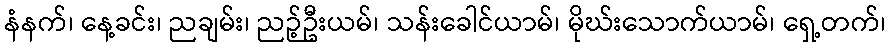
နံနက်၊ နေ့ခင်း၊ ညချမ်း၊ ညဉ့်ဦးယမ်၊ သန်းခေါင်ယာမ်၊ မိုဃ်းသောက်ယာမ်၊ ရှေ့တက်၊